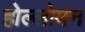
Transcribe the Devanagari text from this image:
होल्लोमन